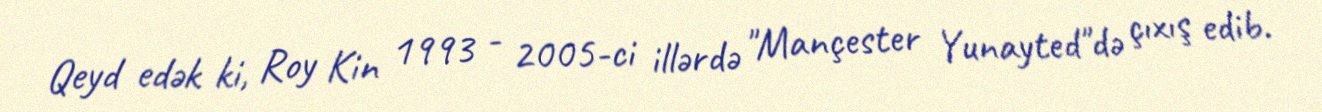
Qeyd edək ki, Roy Kin 1993 - 2005-ci illərdə "Mançester Yunayted"də çıxış edib.